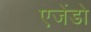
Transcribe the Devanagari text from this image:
एजेंडो